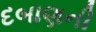
દબાણની